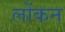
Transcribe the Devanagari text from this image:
लोंकन